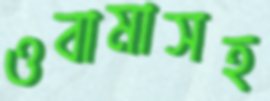
ওবামাসহ